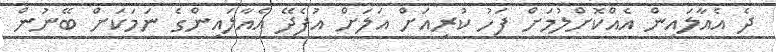
ދެ އެއާލައިން އެއްކޮށްލުމަށް ފަހު ކުރިއަށް އަލަށް އުފެދޭ އެއާލައިންގެ ނަމަކަށް ބޭނުން